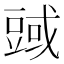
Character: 𧯱